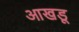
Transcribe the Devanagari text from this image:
आखडू